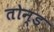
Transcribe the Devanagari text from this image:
तोन्ड